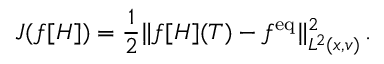
J ( f [ H ] ) = \frac { 1 } { 2 } \| f [ H ] ( T ) - f ^ { \mathrm { e q } } \| _ { L ^ { 2 } ( x , v ) } ^ { 2 } \, .